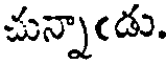
చున్నాఁడు.